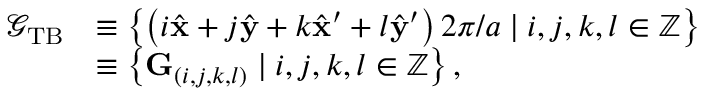
\begin{array} { r l } { \mathcal { G } _ { \mathrm { T B } } } & { \equiv \left\{ \left( i \hat { \mathbf { x } } + j \hat { \mathbf { y } } + k \hat { \mathbf { x } } ^ { \prime } + l \hat { \mathbf { y } } ^ { \prime } \right) 2 \pi / a \mid i , j , k , l \in \mathbb { Z } \right\} } \\ & { \equiv \left\{ \mathbf { G } _ { ( i , j , k , l ) } \mid i , j , k , l \in \mathbb { Z } \right\} , } \end{array}